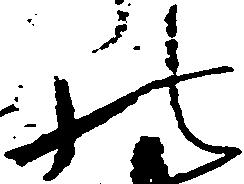
の